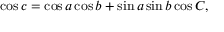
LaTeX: \cos c = \cos a \cos b + \sin a \sin b \cos C ,